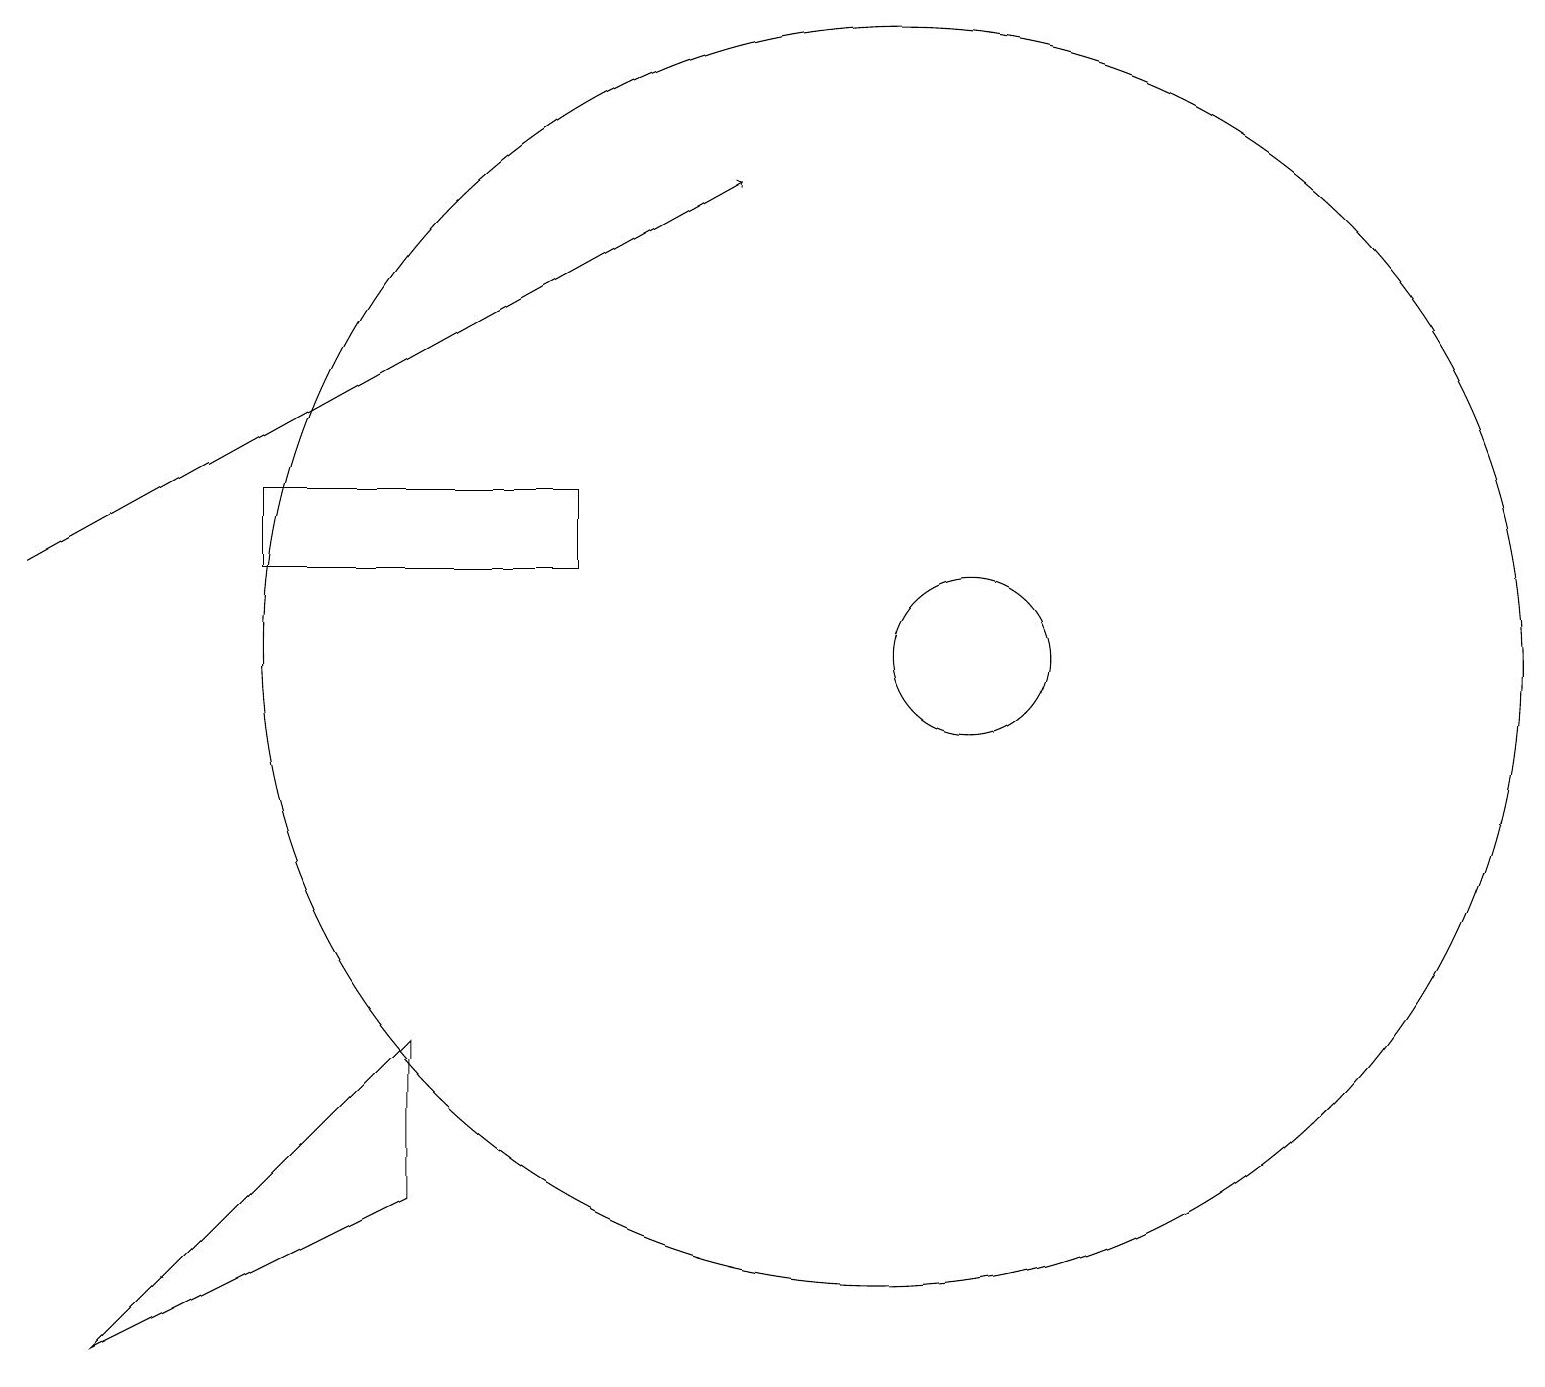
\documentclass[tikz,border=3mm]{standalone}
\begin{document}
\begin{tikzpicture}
\draw (12,11) circle (1);
\draw (5,6) -- (5,4) -- (1,2) -- cycle;
\draw (6,12) rectangle (7,12);
\draw[->] (0,12) -- (9,17);
\draw (3,13) rectangle (7,12);
\draw (11,11) circle (8);
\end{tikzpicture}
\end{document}